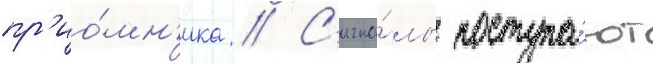
пр'ио́мн'ика // С'игна́лы поступа́ют